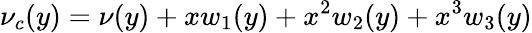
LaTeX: \nu_{c}(y)=\nu(y)+xw_{1}(y)+x^{2}w_{2}(y)+x^{3}w_{3}(y)